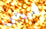
همجي